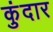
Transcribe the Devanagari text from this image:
कुंदार